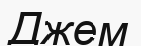
Джем